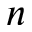
n